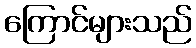
ကြောင်များသည်